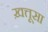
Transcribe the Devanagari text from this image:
ख़त्तूसा